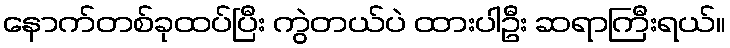
နောက်တစ်ခုထပ်ပြီး ကွဲတယ်ပဲ ထားပါဦး ဆရာကြီးရယ်။